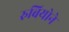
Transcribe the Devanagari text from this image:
रुबियोने